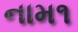
નામ૧